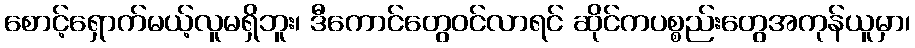
စောင့်ရှောက်မယ့်လူမရှိဘူး၊ ဒီကောင်တွေဝင်လာရင် ဆိုင်ကပစ္စည်းတွေအကုန်ယူမှာ၊